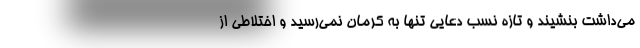
می‌داشت بنشیند و تازه نسب دعایی تنها به کرمان نمی‌رسید و اختلاطی از